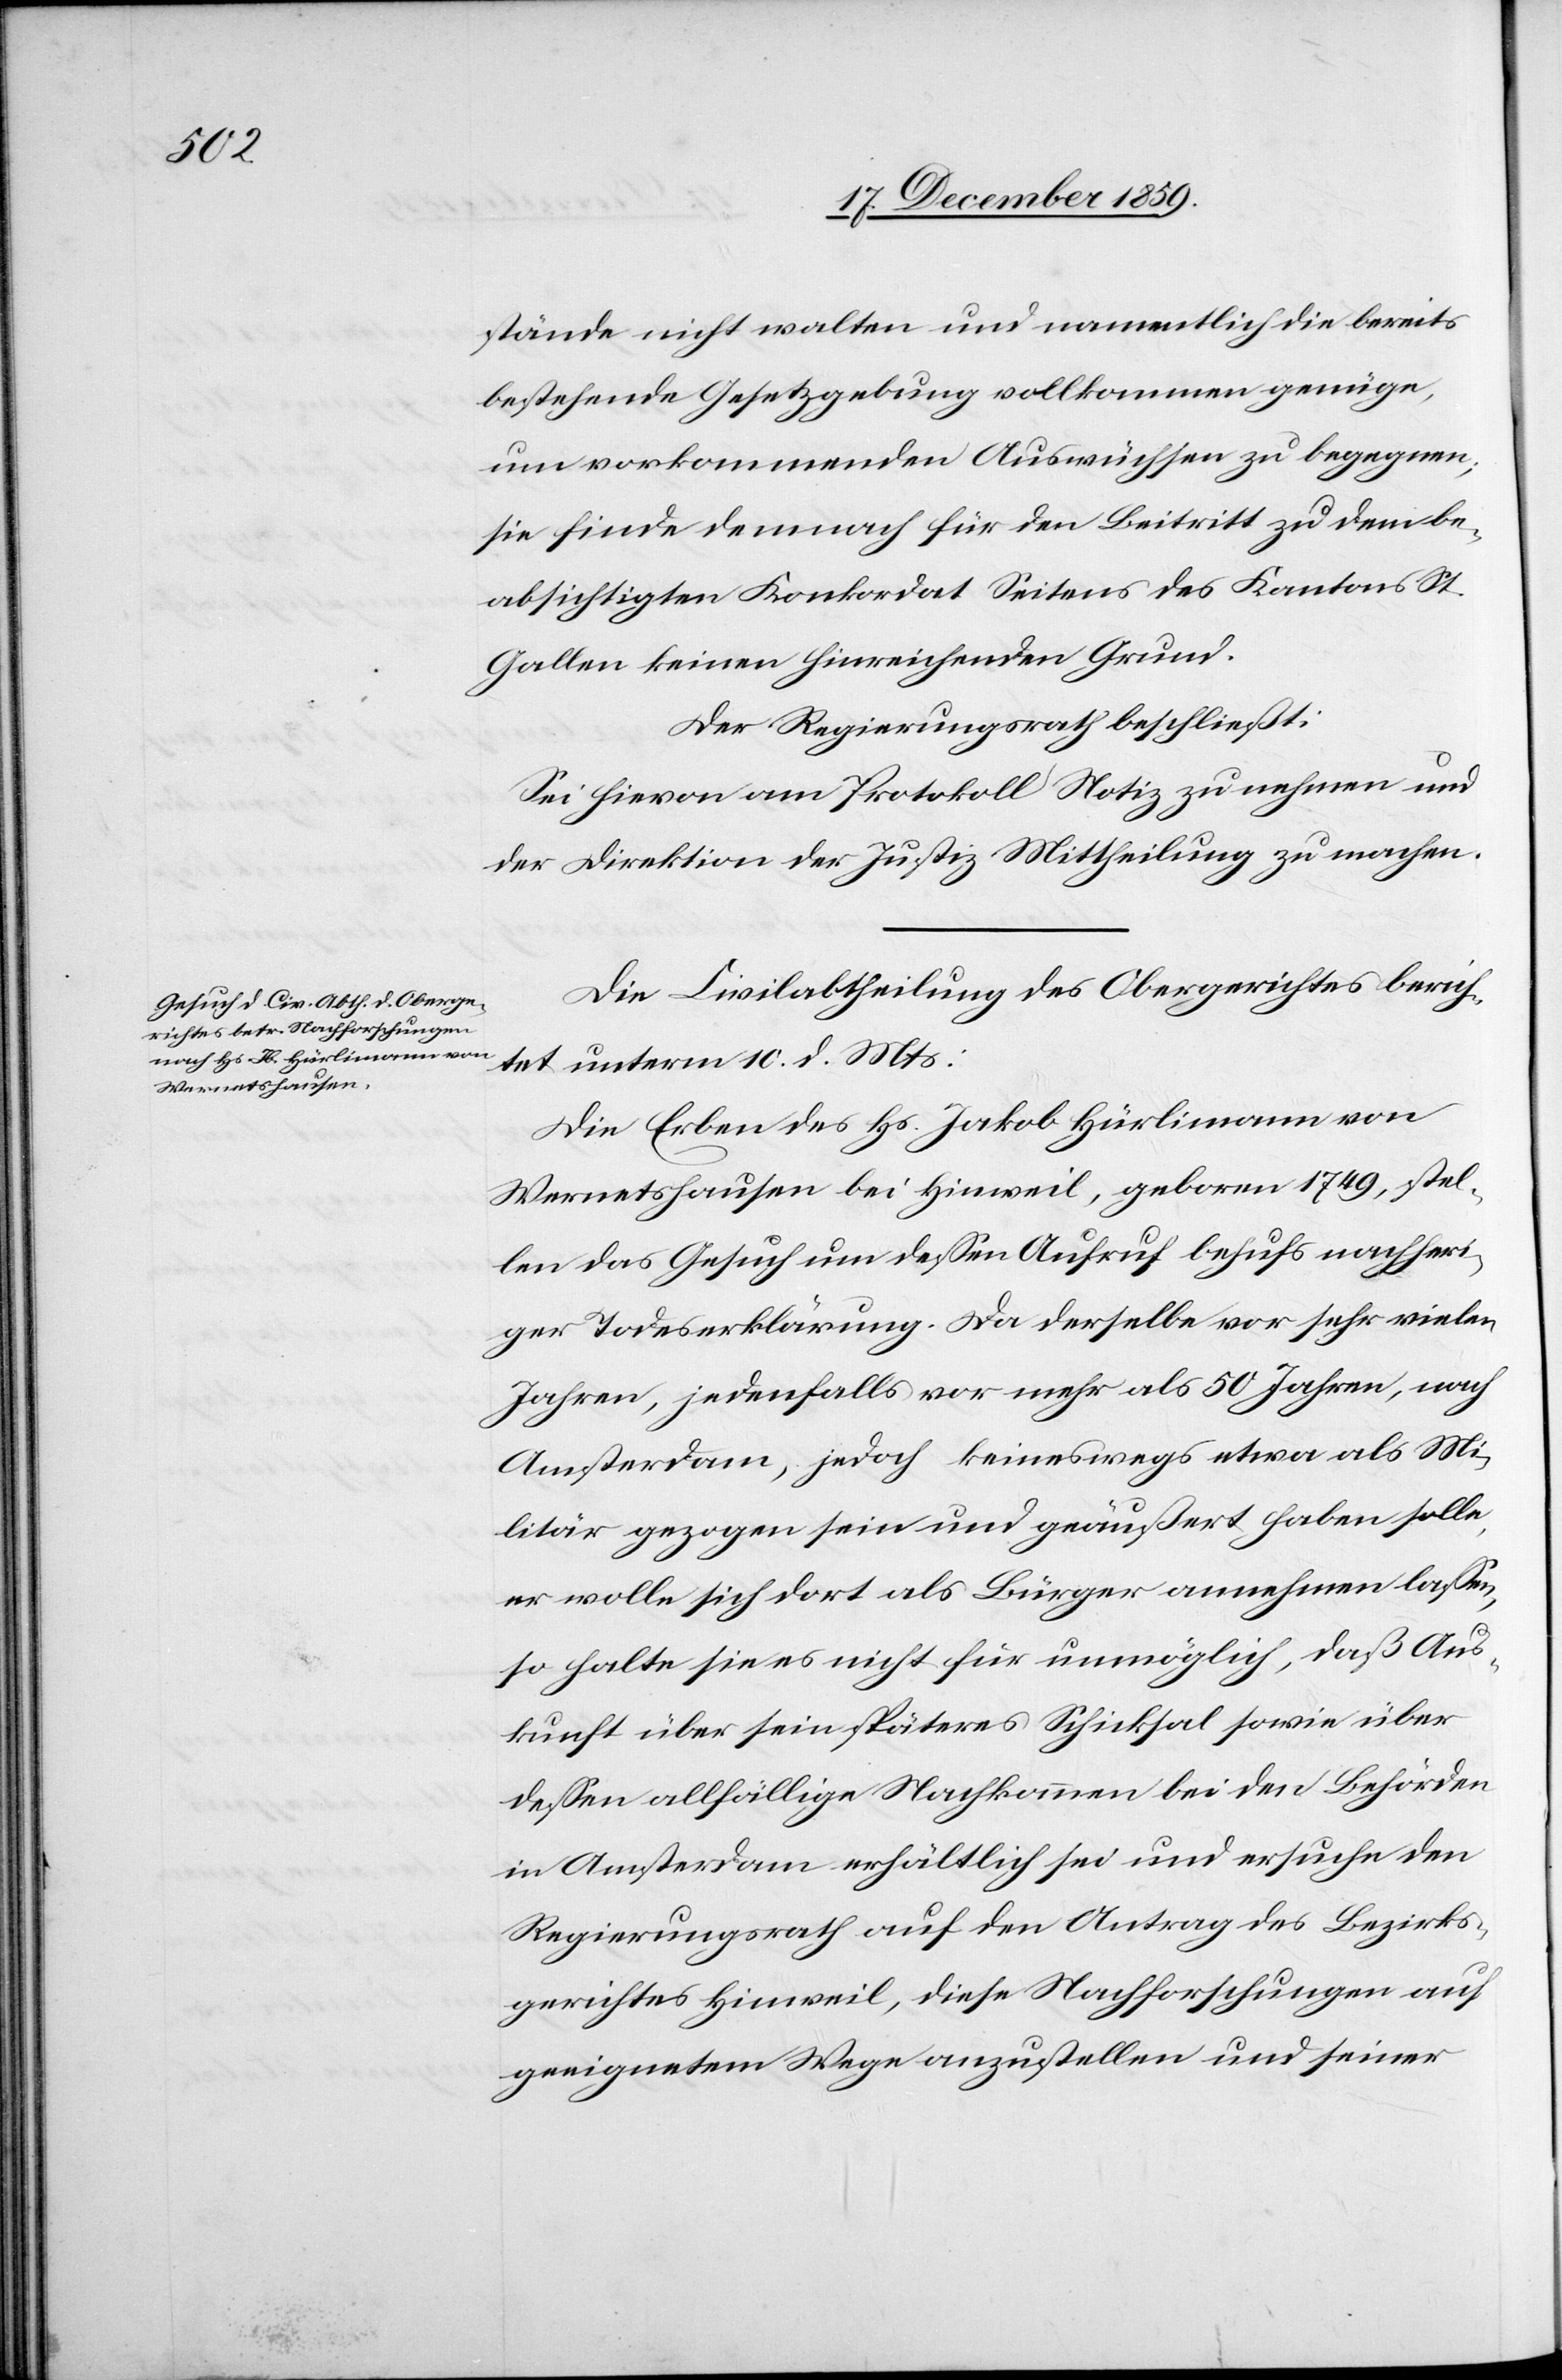
stände nicht walten und namentlich die bereits
bestehende Gesetzgebung vollkommen genüge,
um vorkommenden Auswüchsen zu begegnen;
sie finde demnach für den Beitritt zu dem be¬
absichtigten Konkordat Seitens des Kantons St.
Gallen keinen hinreichenden Grund.
Der Regierungsrath beschließt:
Sei hievon am Protokoll Notiz zu nehmen und
der Direktion des Justiz Mittheilung zu machen.
Die Civilabtheilung des Obergerichtes berich¬
tet unterm 10. d. Mts:
Die Erben des Hs. Jakob Hürlimann von
Wernetshausen bei Hinweil, geboren 1749, stel¬
len das Gesuch um dessen Aufruf behufs nachheri¬
ger Todeserklärung. Da derselbe vor sehr vielen
Jahren, jedenfalls vor mehr als 50 Jahren, nach
Amsterdam, jedoch keineswegs etwa als Mi¬
litär gezogen sein und geäußert haben solle,
er wolle sich dort als Bürger annehmen lassen,
so halte sie es nicht für unmöglich, daß Aus¬
kunft über sein späteres Schicksal sowie über
dessen allfällige Nachkommen bei den Behörden
in Amsterdam erhältlich sei und ersuche den
Regierungsrath auf den Antrag des Bezirks¬
gerichtes Hinweil, diese Nachforschungen auf
geeignetem Wege anzustellen und seiner